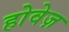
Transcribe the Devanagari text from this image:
होवेज़